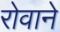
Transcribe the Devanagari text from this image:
रोवाने